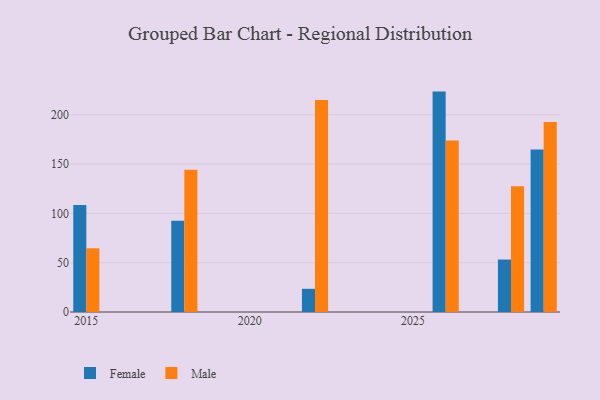
{"axis": {"x": "Year", "y": "Churn Rate (%)"}, "legend": ["Female", "Male"], "data": [{"x": "2029", "y": 164.7, "type": "Female"}, {"x": "2029", "y": 192.6, "type": "Male"}, {"x": "2018", "y": 92.5, "type": "Female"}, {"x": "2018", "y": 144.2, "type": "Male"}, {"x": "2028", "y": 53.2, "type": "Female"}, {"x": "2028", "y": 127.6, "type": "Male"}, {"x": "2022", "y": 23.5, "type": "Female"}, {"x": "2022", "y": 214.9, "type": "Male"}, {"x": "2015", "y": 108.4, "type": "Female"}, {"x": "2015", "y": 64.6, "type": "Male"}, {"x": "2026", "y": 223.5, "type": "Female"}, {"x": "2026", "y": 173.8, "type": "Male"}]}